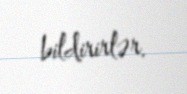
bildirirlər.